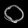
Digit: ၀